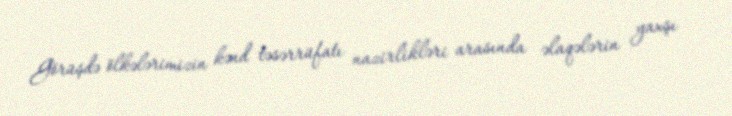
Görüşdə ölkələrimizin kənd təsərrüfatı nazirlikləri arasında əlaqələrin yaxşı